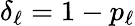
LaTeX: \delta_{\ell}=1-p_{\ell}